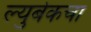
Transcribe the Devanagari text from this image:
ल्युबेकचा